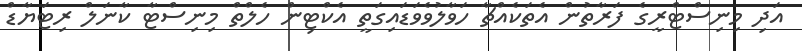
އަދި މިނިސްޓްރީގެ ފަރާތުން އެތަކެއްޗާ ހަވާލުވެވަޑައިގަތީ އެކްޓިން ހެލްތް މިނިސްޓާ ކާނަލް ރިޓަޔާޑް